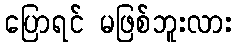
ပြောရင် မဖြစ်ဘူးလား